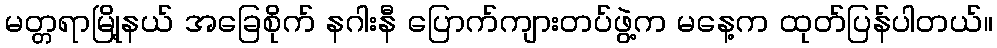
မတ္တရာမြို့နယ် အခြေစိုက် နဂါးနီ ပြောက်ကျားတပ်ဖွဲ့က မနေ့က ထုတ်ပြန်ပါတယ်။